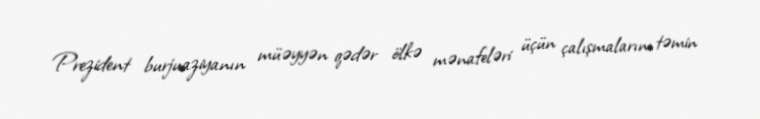
Prezident burjuaziyanın müəyyən qədər ölkə mənafeləri üçün çalışmalarını təmin